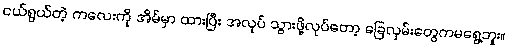
ငယ်ရွယ်တဲ့ ကလေးကို အိမ်မှာ ထားပြီး အလုပ် သွားဖို့လုပ်တော့ ခြေလှမ်းတွေကမရွေ့ဘူး။